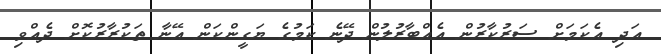
އަދި އެކަމަށް ސަރުކާރުން އެއްބާރުލުން ދޭނެ ކަމުގެ ޔަގީންކަން އޭނާ ތަކުރާރުކޮށް ދެއްވި